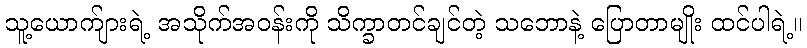
သူ့ယောက်ျားရဲ့ အသိုက်အဝန်းကို သိက္ခာတင်ချင်တဲ့ သဘောနဲ့ ပြောတာမျိုး ထင်ပါရဲ့။